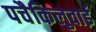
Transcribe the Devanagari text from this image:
पचैकिलुवाई